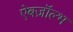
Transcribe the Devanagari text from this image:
ऐबज़ॉल्भ